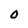
Character: O